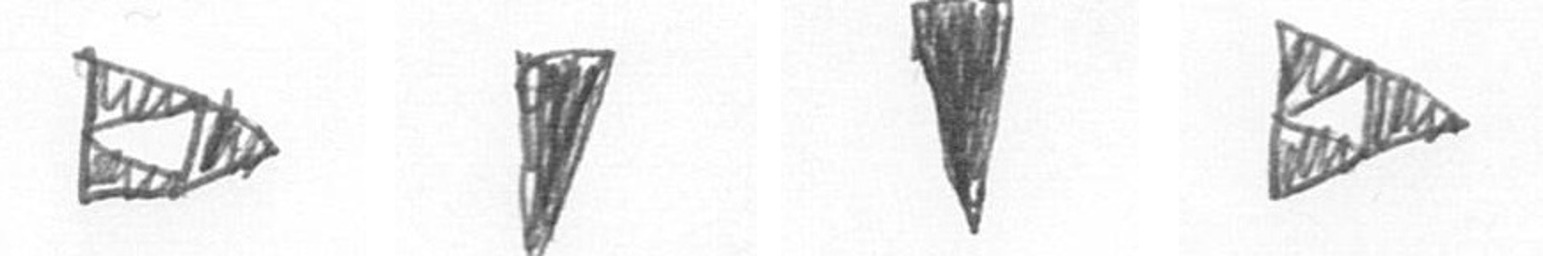
K J J K